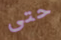
حتى